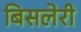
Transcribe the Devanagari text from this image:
बिसलेरी